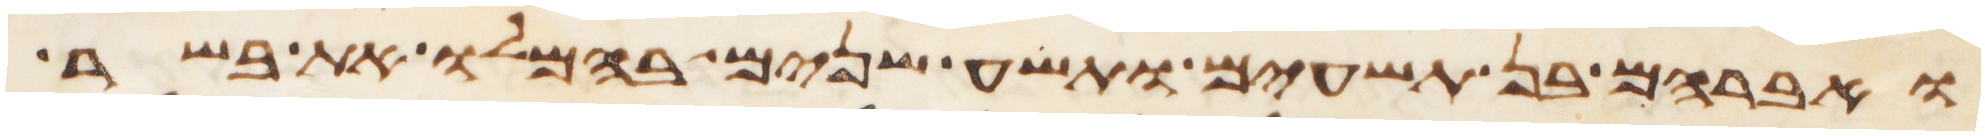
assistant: ואברהם בן תשעים ותשע שנים בהמלו את בשר